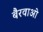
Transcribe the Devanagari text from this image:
बैरवाओ